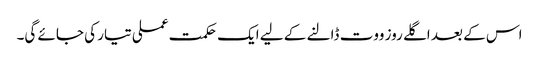
اس کے بعد اگلے روز ووت ڈالنے کے لیے ایک حکمت عملی تیار کی جائے گی۔